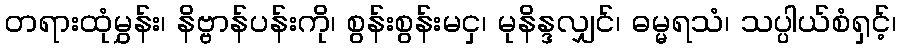
တရားထုံမွှန်း၊ နိဗ္ဗာန်ပန်းကို၊ စွန်းစွန်းမငှ၊ မုနိန္ဒလျှင်၊ ဓမ္မရသံ၊ သပ္ပါယ်စံရှင့်၊